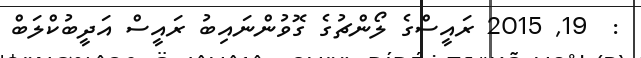
:  19